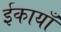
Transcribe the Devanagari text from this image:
ईकायाँ